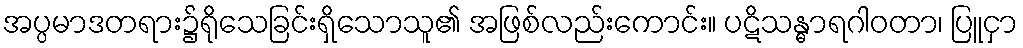
အပ္ပမာဒတရား၌ရိုသေခြင်းရှိသောသူ၏ အဖြစ်လည်းကောင်း။ ပဋိသန္ဓာရဂါဝတာ၊ ပြူငှာ